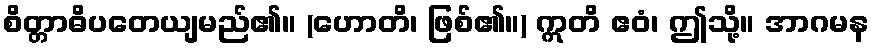
စိတ္တာဓိပတေယျမည်၏။ (ဟောတိ၊ ဖြစ်၏။) ဣတိ ဧဝံ၊ ဤသို့။ အာဂမန